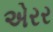
એરર